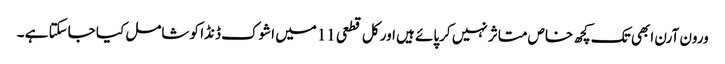
ورون آرن ابھی تک کچھ خاص متاثر نہیں کرپائے ہیں اور کل قطعی 11میں اشوک ڈنڈا کو شامل کیا جاسکتا ہے ۔